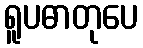
ရူပဓာတုပေ